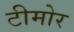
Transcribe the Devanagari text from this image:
टीमोर